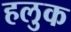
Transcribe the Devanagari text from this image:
हलुक